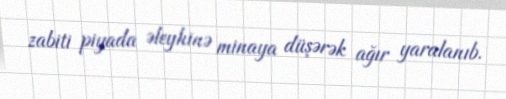
zabiti piyada əleyhinə minaya düşərək ağır yaralanıb.